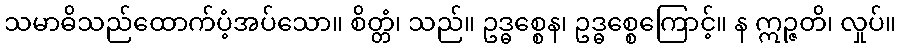
သမာဓိသည်ထောက်ပံ့အပ်သော။ စိတ္တံ၊ သည်။ ဥဒ္ဓစ္စေန၊ ဥဒ္ဓစ္စေကြောင့်။ န ဣဉ္ဇတိ၊ လှုပ်။